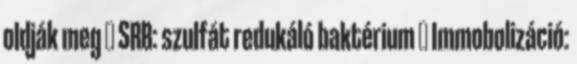
oldják meg  SRB: szulfát redukáló baktérium  Immobolizáció: